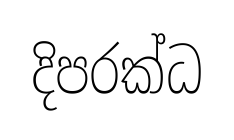
දිපරක්ධ